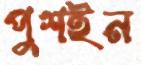
পুশইন